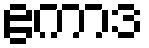
ဧကာဒ